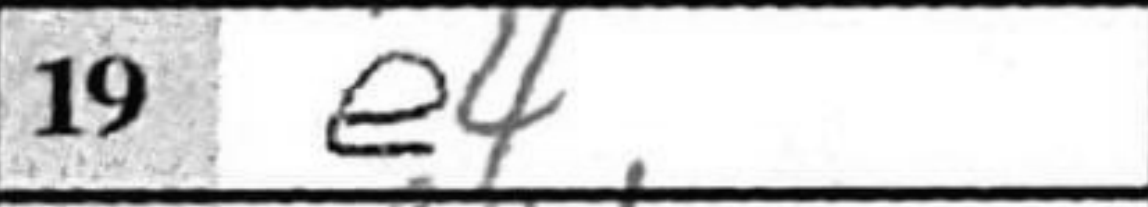
Transcription: e4